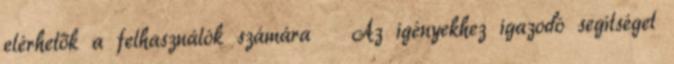
elérhetők a felhasználók számára  Az igényekhez igazodó segítséget